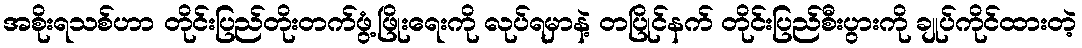
အစိုးရသစ်ဟာ တိုင်းပြည်တိုးတက်ဖွံ့ဖြိုးရေးကို လုပ်ရမှာနဲ့ တပြိုင်နက် တိုင်းပြည်စီးပွားကို ချုပ်ကိုင်ထားတဲ့